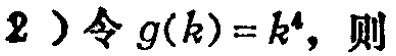
2）令\(g(k)=k^{4}\)，则